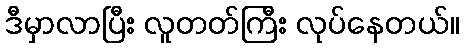
ဒီမှာလာပြီး လူတတ်ကြီး လုပ်နေတယ်။